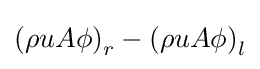
\left(\rho uA\phi \right)_{r}-\left(\rho uA\phi \right)_{l}